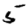
Digit: 5